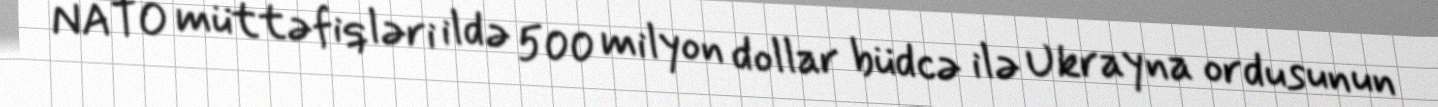
NATO müttəfiqləri ildə 500 milyon dollar büdcə ilə Ukrayna ordusunun